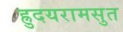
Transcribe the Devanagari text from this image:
ह्रुदयरामसुत